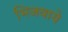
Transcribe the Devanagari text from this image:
भिजवाये